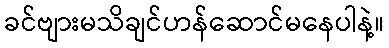
ခင်ဗျားမသိချင်ဟန်ဆောင်မနေပါနဲ့။